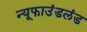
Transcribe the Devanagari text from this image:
न्यूफाउंडलंड